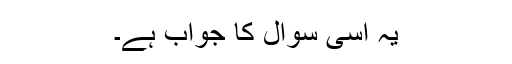
یہ اسی سوال کا جواب ہے۔